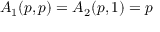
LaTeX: A _ { 1 } ( p , p ) = A _ { 2 } ( p , 1 ) = p